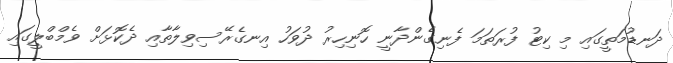
ދަނޑުމަތީގައި މި ކިޓު ފުރަތަމަ ފެނިގެންދާނީ ހޮނިހިރު ދުވަހު އިނގެރޭސިވިލާތާއި ދެކޮޅަށް ވެމްބްލީގައި